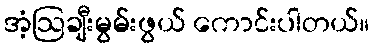
အံ့ဩချီးမွမ်းဖွယ် ကောင်းပါတယ်။